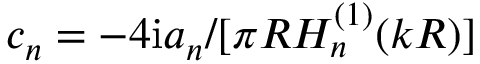
c _ { n } = - 4 \mathrm { i } a _ { n } / [ \pi R H _ { n } ^ { ( 1 ) } ( k R ) ]